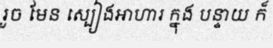
រួច មែន ស្បៀងអាហារ ក្នុង បន្ទាយ ក៏